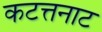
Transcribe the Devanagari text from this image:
कटत्तनाट